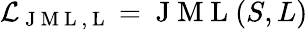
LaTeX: \mathcal{L}_{\mathrm{~J~M~L~,~L~}}=\mathrm{~J~M~L~}(S,L)